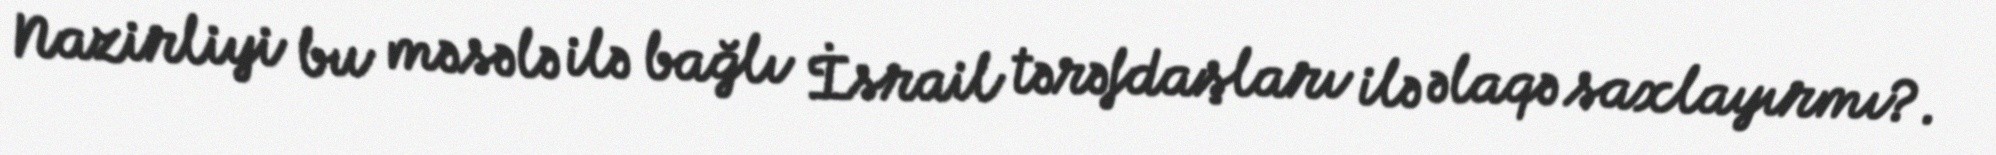
Nazirliyi bu məsələ ilə bağlı İsrail tərəfdaşları ilə əlaqə saxlayırmı?.